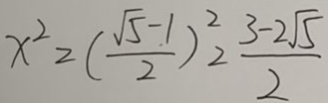
x ^ { 2 } = ( \frac { \sqrt { 5 } - 1 } { 2 } ) ^ { 2 } = \frac { 3 - 2 \sqrt { 5 } } { 2 }